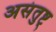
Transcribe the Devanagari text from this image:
असंतुष्ट्